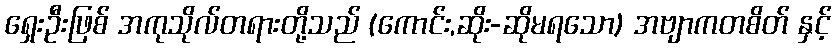
ရှေးဦးဖြစ် အကုသိုလ်တရားတို့သည် (ကောင်း,ဆိုး-ဆိုမရသော) အဗျာကတစိတ် နှင့်